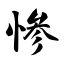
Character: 惨